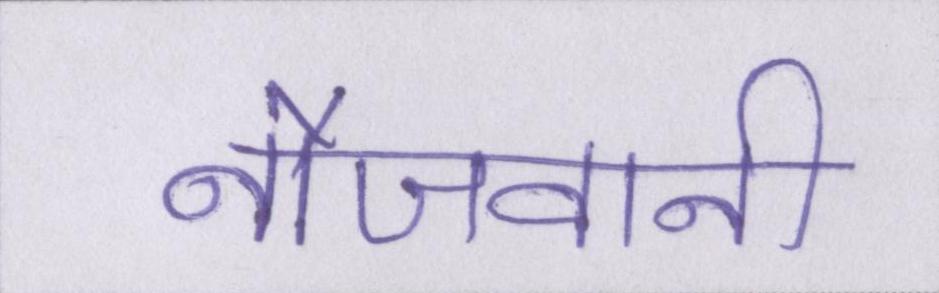
नौजवानी